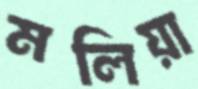
মলিয়া